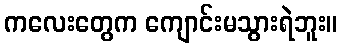
ကလေးတွေက ကျောင်းမသွားရဲဘူး။